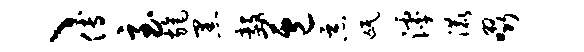
、傅至旄黑毅苞恶氓滹漉啜